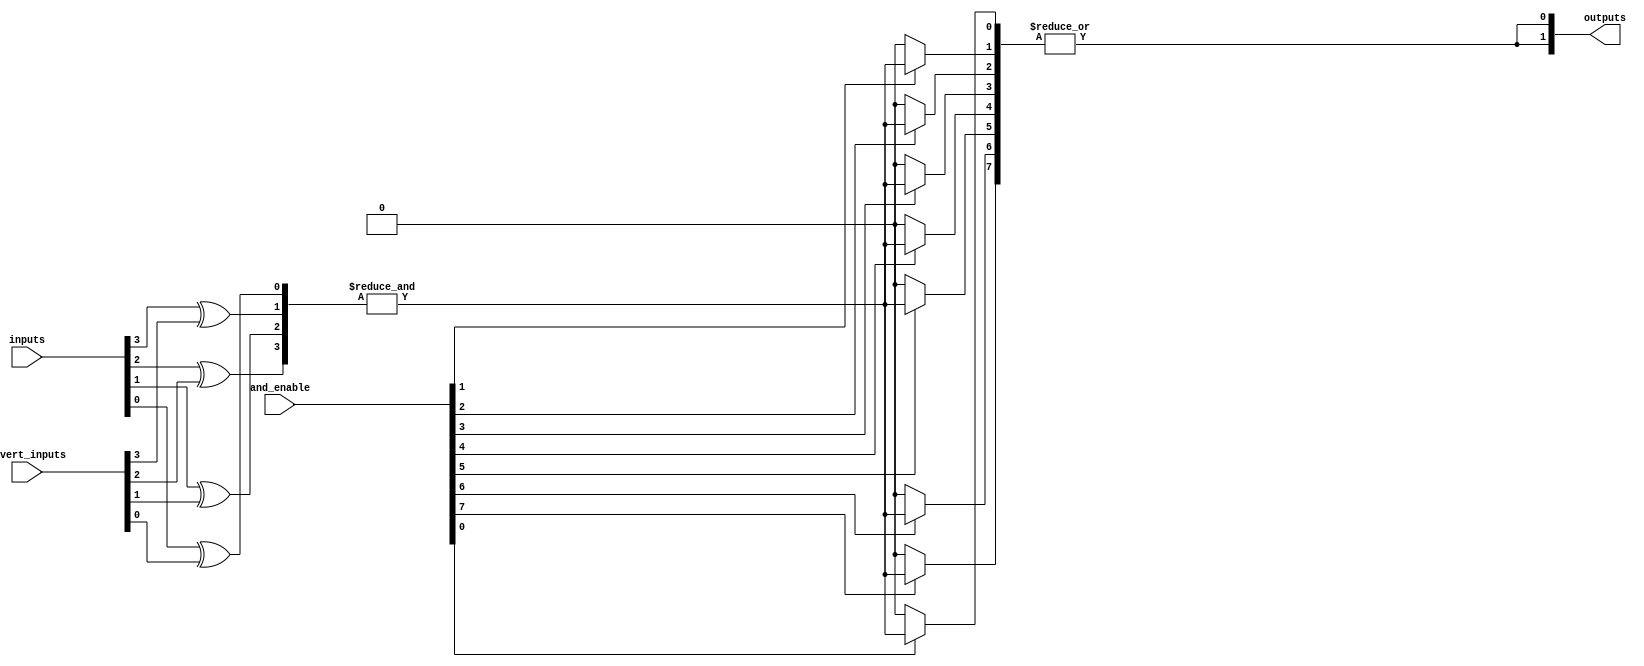
module SPAL #(
    parameter NUM_INPUTS = 4,  // Number of inputs (A, B, C, D, etc.)
    parameter NUM_AND_GATES = 8, // Number of programmable AND gates
    parameter NUM_OUTPUTS = 2   // Number of outputs
)(
    input wire [NUM_INPUTS-1:0] inputs, // Input signals
    input wire [NUM_AND_GATES-1:0] and_enable, // Enable signals for AND gates
    input wire [NUM_INPUTS-1:0] invert_inputs, // Inversion control for inputs
    output wire [NUM_OUTPUTS-1:0] outputs // Output signals
);

// Internal wires for AND gate outputs
wire [NUM_AND_GATES-1:0] and_outputs;

// Generate programmable AND gates
genvar i, j;
generate
    for (i = 0; i < NUM_AND_GATES; i = i + 1) begin : and_gate
        wire [NUM_INPUTS-1:0] and_inputs;
        assign and_inputs = {inputs[NUM_INPUTS-1] ^ invert_inputs[NUM_INPUTS-1],
                             inputs[NUM_INPUTS-2] ^ invert_inputs[NUM_INPUTS-2],
                             inputs[NUM_INPUTS-3] ^ invert_inputs[NUM_INPUTS-3],
                             inputs[NUM_INPUTS-4] ^ invert_inputs[NUM_INPUTS-4]};
        
        // Each AND gate can be programmed to accept any combination of inputs
        assign and_outputs[i] = and_enable[i] ? &and_inputs : 1'b0; // AND operation
    end
endgenerate

// Fixed OR array
generate
    for (j = 0; j < NUM_OUTPUTS; j = j + 1) begin : or_gate
        // Each OR gate combines outputs from the AND gates
        assign outputs[j] = |and_outputs; // OR operation (can be modified for specific connections)
    end
endgenerate

endmodule